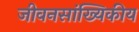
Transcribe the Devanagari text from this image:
जीवनसांख्यिकीय